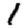
Digit: 1